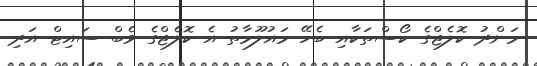
މަންދު ކޮލެޖްގެ ކޯސްތަކާއި ބެހޭ މައުލޫމާތު އެ ކޮލެޖްގެ ވެބް ސައިޓް އަދި